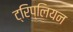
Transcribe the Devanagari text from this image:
ट्रिप्लियन